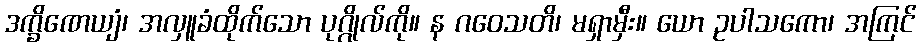
ဒက္ခိဏေယျံ၊ အလှူခံထိုက်သော ပုဂ္ဂိုလ်ကို။ န ဂဝေသတိ၊ မရှာမှီး။ ယော ဥပါသကော၊ အကြင်